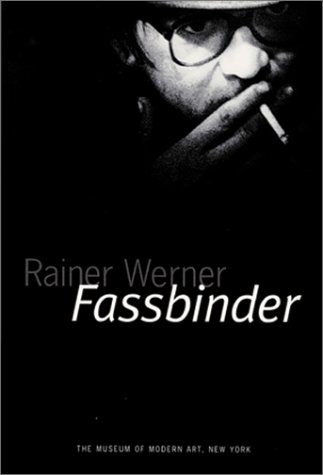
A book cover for Rainer Werner Fassbinder (Museum of Modern Art); Arts & Photography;